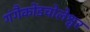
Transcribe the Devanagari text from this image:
गंगैकोंडचोलेश्वर